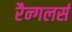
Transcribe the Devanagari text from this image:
रैन्गलर्स